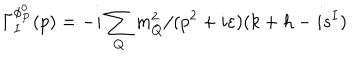
\Gamma _ { I } ^ { \phi _ { P } ^ { 0 } } ( p ) = - i \sum _ { Q } m _ { Q } ^ { 2 } / ( p ^ { 2 } + i \varepsilon ) ( k + h - i s ^ { I } )